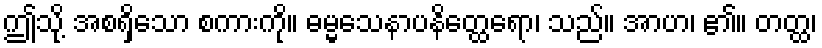
ဤသို့ အစရှိသော စကားကို။ ဓမ္မသေနာပနိတ္ထေရော၊ သည်။ အာဟ၊ ၏။ တတ္ထ၊